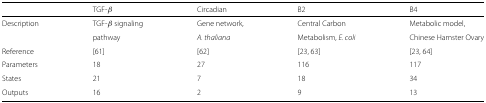
<table><thead><tr><td></td><td><b>TGF- <i>β</i></b></td><td><b>Circadian</b></td><td><b>B2</b></td><td><b>B4</b></td></tr></thead><tbody><tr><td>Description</td><td>TGF- <i>β</i> signaling</td><td>Gene network,</td><td>Central Carbon</td><td>Metabolic model,</td></tr><tr><td></td><td>pathway</td><td><i>A. thaliana</i></td><td>Metabolism, <i>E. coli</i></td><td>Chinese Hamster Ovary</td></tr><tr><td>Reference</td><td>[61]</td><td>[62]</td><td>[23, 63]</td><td>[23, 64]</td></tr><tr><td>Parameters</td><td>18</td><td>27</td><td>116</td><td>117</td></tr><tr><td>States</td><td>21</td><td>7</td><td>18</td><td>34</td></tr><tr><td>Outputs</td><td>16</td><td>2</td><td>9</td><td>13</td></tr></tbody></table>